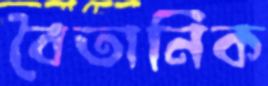
বৈতানিক